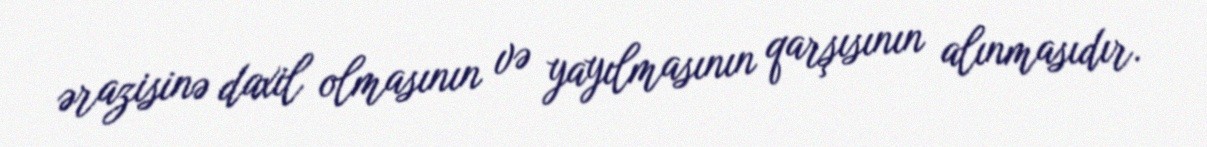
ərazisinə daxil olmasının və yayılmasının qarşısının alınmasıdır.